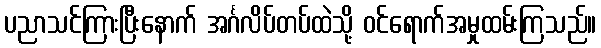
ပညာသင်ကြားပြီးနောက် အင်္ဂလိပ်တပ်ထဲသို့ ဝင်ရောက်အမှုထမ်းကြသည်။